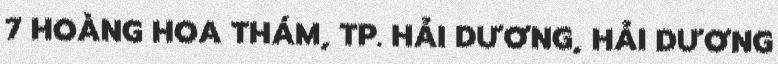
7 HOÀNG HOA THÁM, TP. HẢI DƯƠNG, HẢI DƯƠNG